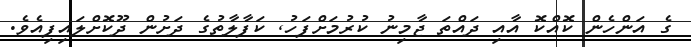
ގެ އަންހެން ކޮއްކޮ އާއި ދައްތަ ޖާމިނު ކުރުމަށްފަހު